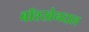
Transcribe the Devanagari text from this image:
बॉश्खेनदाल